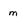
Character: m